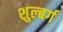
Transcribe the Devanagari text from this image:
शुल्बर्ग